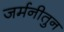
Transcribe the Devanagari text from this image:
जर्मनीतुन